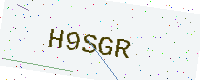
Text: H9SGR